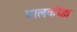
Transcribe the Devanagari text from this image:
पालकोंडा